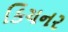
કિચનર